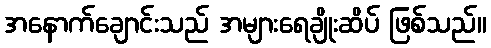
အနောက်ချောင်းသည် အများရေချိုးဆိပ် ဖြစ်သည်။